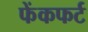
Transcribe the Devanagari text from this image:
फेंकफर्ट